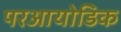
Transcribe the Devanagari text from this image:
परआयोडिक